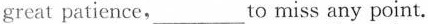
great patience,_to miss any point.